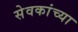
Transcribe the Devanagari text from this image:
सेवकांच्या